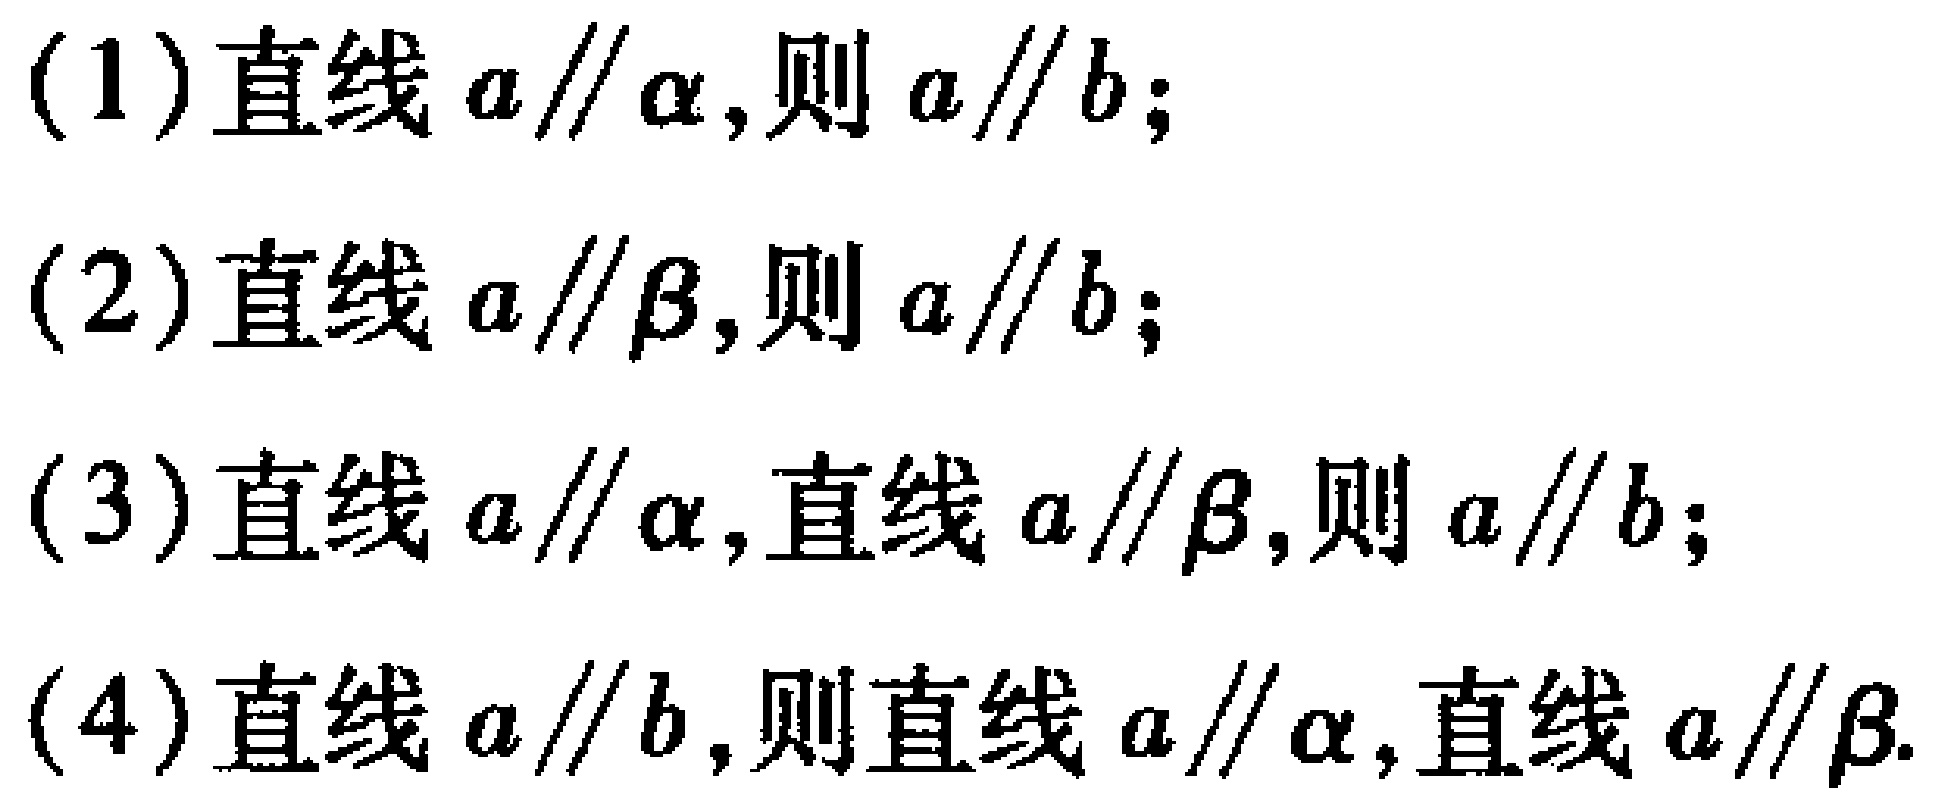
(1) 直线 \(a \parallel \alpha\),则 \(a \parallel b\);
(2) 直线 \(a \parallel \beta\),则 \(a \parallel b\);
(3) 直线 \(a \parallel \alpha\),直线 \(a \parallel \beta\),则 \(a \parallel b\);
(4) 直线 \(a \parallel b\),则直线 \(a \parallel \alpha\),直线 \(a \parallel \beta\).